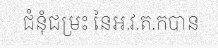
ជំនុំជម្រះ នៃអ.វ.ត.កបាន